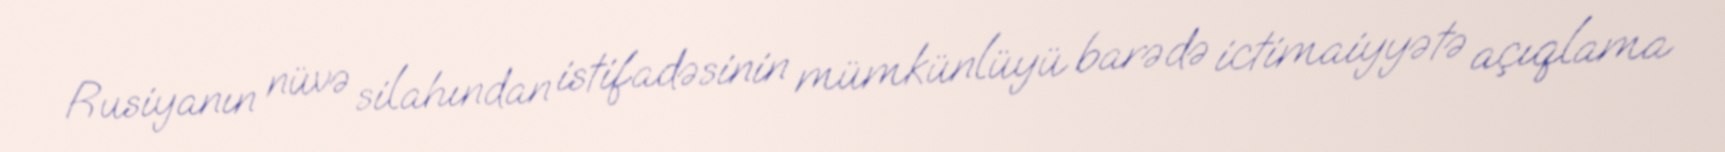
Rusiyanın nüvə silahından istifadəsinin mümkünlüyü barədə ictimaiyyətə açıqlama